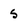
Character: S